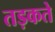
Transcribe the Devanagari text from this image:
तड़कते